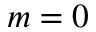
m = 0